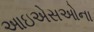
આઇએસઓના